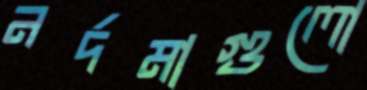
নর্দমাগুলো